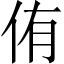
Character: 侑